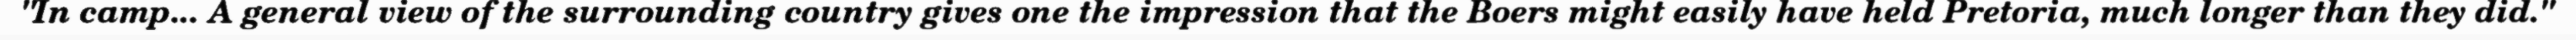
"In camp... A general view of the surrounding country gives one the impression that the Boers might easily have held Pretoria, much longer than they did."